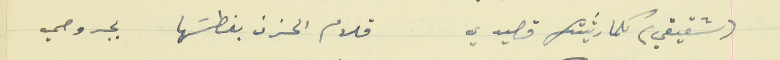
(شقيقي) كلما رثيتك قصيدي                                  قلام الحزن بغطسَها بجروحي